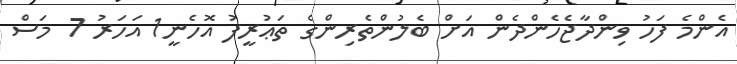
އެންމެ ފަހު ވިންދާޖެހެންދެން އަށް ބެލުންތެރިންގެ ތަޢުރީފު އޮހެނީ1 އަހަރު 7 މަސް